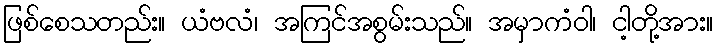
ဖြစ်စေသတည်း။ ယံဗလံ၊ အကြင်အစွမ်းသည်။ အမှာကံဝါ၊ ငါ့တို့အား။